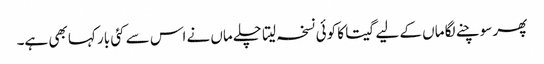
پھر سوچنے لگا ماں کے لیے گیتا کا کوئی نسخہ لیتا چلے ماں نے اس سے کئی بار کہا بھی ہے۔